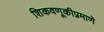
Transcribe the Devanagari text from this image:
शिकवणूकीप्रमाणे